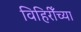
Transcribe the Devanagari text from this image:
विहिरीँच्या